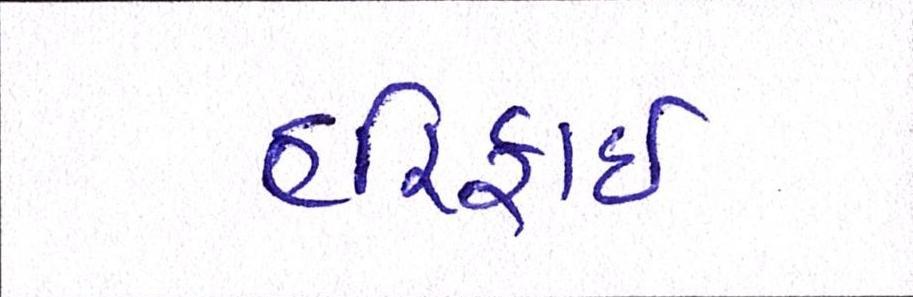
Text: હરિફાઇ